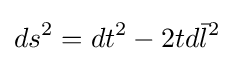
ds^{2}=dt^{2}-2td{\bar {l}}^{2}